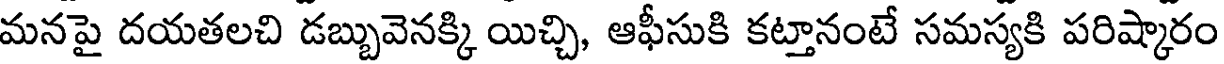
మనపై దయతలచి డబ్బువెనక్కి యిచ్చి, ఆఫీసుకి కట్తానంటే సమస్యకి పరిష్కారం